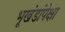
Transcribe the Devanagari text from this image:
भूखंडांपेक्षा